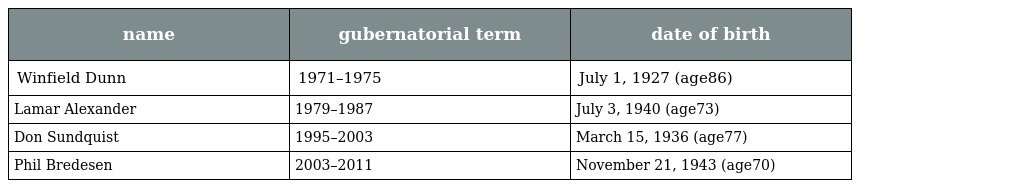
| name | gubernatorial term | date of birth |
 | --- | --- | --- |
 | Winfield Dunn | 1971–1975 | July 1, 1927 (age86) |
 | Lamar Alexander | 1979–1987 | July 3, 1940 (age73) |
 | Don Sundquist | 1995–2003 | March 15, 1936 (age77) |
 | Phil Bredesen | 2003–2011 | November 21, 1943 (age70) |